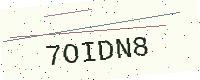
Text: 7OIDN8